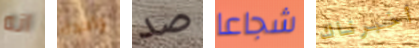
انه واحدة صد شجاعا أخبرناك